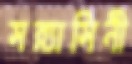
সন্ন্যাসিনী